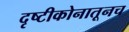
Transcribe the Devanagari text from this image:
दृष्टीकोनातूनच